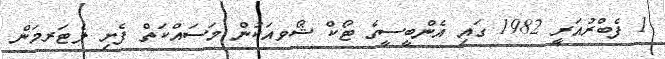
1 ފެބްރުއަރީ 1982 ގައި އެންބީސީގެ ޓޯކް ޝޯވއަކުން މަސައްކަތް ފެށި ލެޓަރމަން